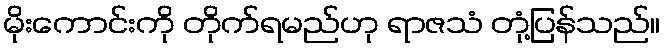
မိုးကောင်းကို တိုက်ရမည်ဟု ရာဇသံ တုံ့ပြန်သည်။